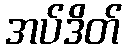
အပ်ဒိတ်